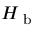
H _ { \textrm { b } }